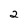
Character: 2